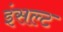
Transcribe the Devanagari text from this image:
इंसल्ट